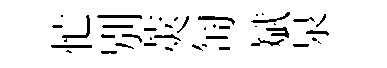
忙别莢匋斌泉